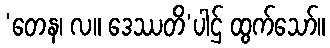
‘တေန၊ လ။ ဒေဿတိ’ပါဌ် ထွက်သော်။